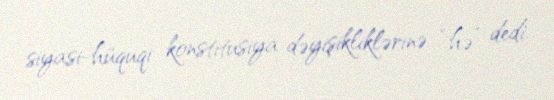
siyasi-hüquqi konstitusiya dəyişikliklərinə “hə” dedi.